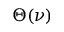
\Theta ( \nu )